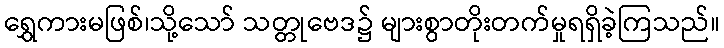
ရွှေကားမဖြစ်၊သို့သော် သတ္တုဗေဒ၌ များစွာတိုးတက်မှုရရှိခဲ့ကြသည်။